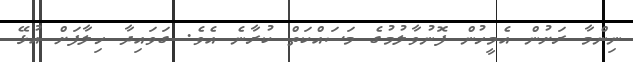
ނިންމާ ރަށުން އެމީހުން ފޮނުވާލުމުގެ މަސައްކަތް ކުރާނެ އެވެ. ގަވައިދާ ހިލާފަށް އުޅޭ